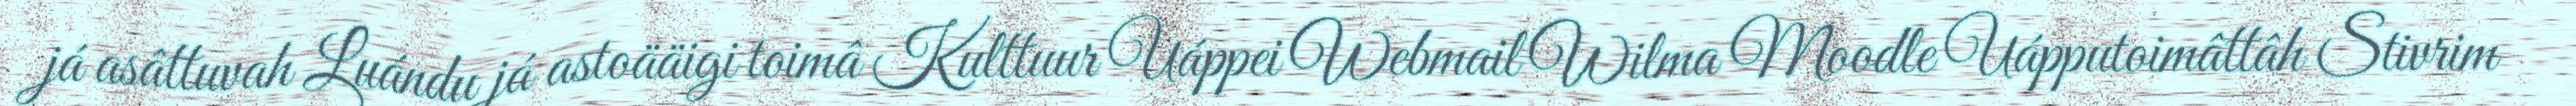
já asâttuvah Luándu já astoääigi toimâ Kulttuur Uáppei Webmail Wilma Moodle Uápputoimâttâh Stivrim